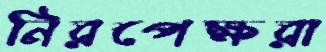
নিরপেক্ষরা